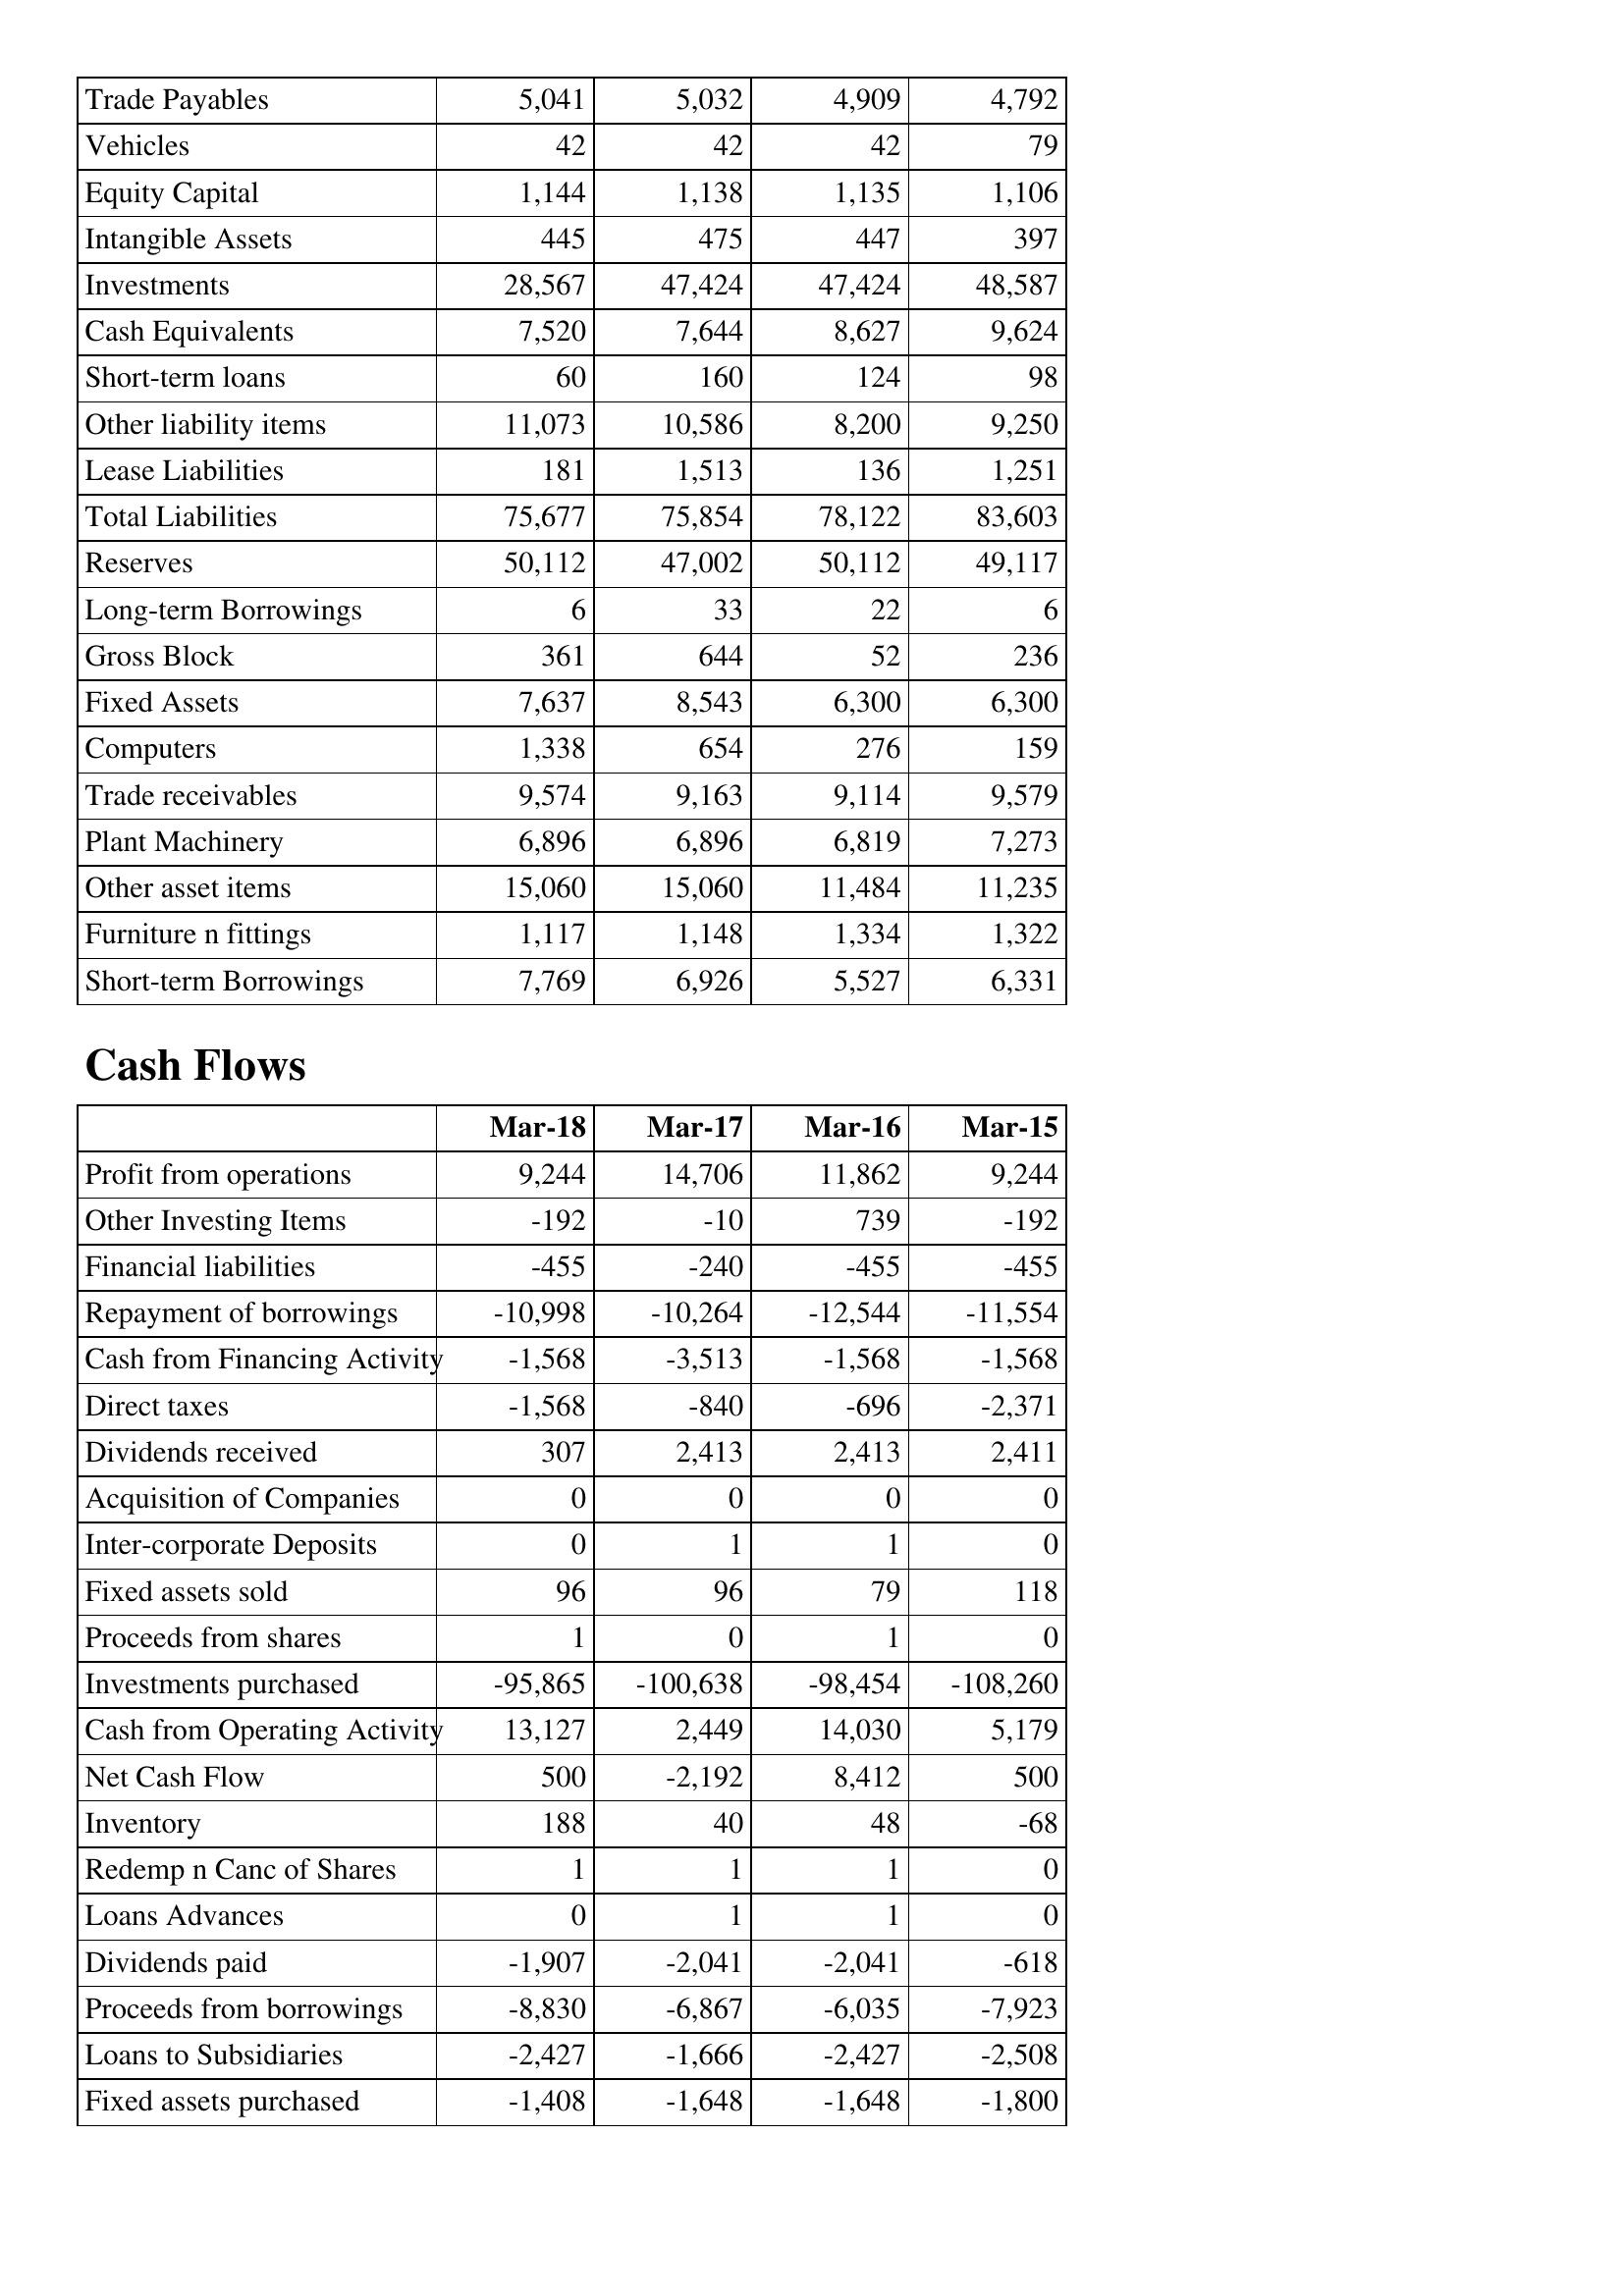
Mar-18: Balance Sheet: Trade Payables: 5,041
Vehicles: 42
Equity Capital: 1,144
Intangible Assets: 445
Investments: 28,567
Cash Equivalents: 7,520
Short-term loans: 60
Other liability items: 11,073
Lease Liabilities: 181
Total Liabilities: 75,677
Reserves: 50,112
Long-term Borrowings: 6
Gross Block: 361
Fixed Assets: 7,637
Computers: 1,338
Trade receivables: 9,574
Plant Machinery: 6,896
Other asset items: 15,060
Furniture n fittings: 1,117
Short-term Borrowings: 7,769
Cash Flows: Profit from operations: 9,244
Other Investing Items: -192
Financial liabilities: -455
Repayment of borrowings: -10,998
Cash from Financing Activity: -1,568
Direct taxes: -1,568
Dividends received: 307
Acquisition of Companies: 0
Inter-corporate Deposits: 0
Fixed assets sold: 96
Proceeds from shares: 1
Investments purchased: -95,865
Cash from Operating Activity: 13,127
Net Cash Flow: 500
Inventory: 188
Redemp n Canc of Shares: 1
Loans Advances: 0
Dividends paid: -1,907
Proceeds from borrowings: -8,830
Loans to Subsidiaries: -2,427
Fixed assets purchased: -1,408
Mar-17: Balance Sheet: Trade Payables: 5,032
Vehicles: 42
Equity Capital: 1,138
Intangible Assets: 475
Investments: 47,424
Cash Equivalents: 7,644
Short-term loans: 160
Other liability items: 10,586
Lease Liabilities: 1,513
Total Liabilities: 75,854
Reserves: 47,002
Long-term Borrowings: 33
Gross Block: 644
Fixed Assets: 8,543
Computers: 654
Trade receivables: 9,163
Plant Machinery: 6,896
Other asset items: 15,060
Furniture n fittings: 1,148
Short-term Borrowings: 6,926
Cash Flows: Profit from operations: 14,706
Other Investing Items: -10
Financial liabilities: -240
Repayment of borrowings: -10,264
Cash from Financing Activity: -3,513
Direct taxes: -840
Dividends received: 2,413
Acquisition of Companies: 0
Inter-corporate Deposits: 1
Fixed assets sold: 96
Proceeds from shares: 0
Investments purchased: -100,638
Cash from Operating Activity: 2,449
Net Cash Flow: -2,192
Inventory: 40
Redemp n Canc of Shares: 1
Loans Advances: 1
Dividends paid: -2,041
Proceeds from borrowings: -6,867
Loans to Subsidiaries: -1,666
Fixed assets purchased: -1,648
Mar-16: Balance Sheet: Trade Payables: 4,909
Vehicles: 42
Equity Capital: 1,135
Intangible Assets: 447
Investments: 47,424
Cash Equivalents: 8,627
Short-term loans: 124
Other liability items: 8,200
Lease Liabilities: 136
Total Liabilities: 78,122
Reserves: 50,112
Long-term Borrowings: 22
Gross Block: 52
Fixed Assets: 6,300
Computers: 276
Trade receivables: 9,114
Plant Machinery: 6,819
Other asset items: 11,484
Furniture n fittings: 1,334
Short-term Borrowings: 5,527
Cash Flows: Profit from operations: 11,862
Other Investing Items: 739
Financial liabilities: -455
Repayment of borrowings: -12,544
Cash from Financing Activity: -1,568
Direct taxes: -696
Dividends received: 2,413
Acquisition of Companies: 0
Inter-corporate Deposits: 1
Fixed assets sold: 79
Proceeds from shares: 1
Investments purchased: -98,454
Cash from Operating Activity: 14,030
Net Cash Flow: 8,412
Inventory: 48
Redemp n Canc of Shares: 1
Loans Advances: 1
Dividends paid: -2,041
Proceeds from borrowings: -6,035
Loans to Subsidiaries: -2,427
Fixed assets purchased: -1,648
Mar-15: Balance Sheet: Trade Payables: 4,792
Vehicles: 79
Equity Capital: 1,106
Intangible Assets: 397
Investments: 48,587
Cash Equivalents: 9,624
Short-term loans: 98
Other liability items: 9,250
Lease Liabilities: 1,251
Total Liabilities: 83,603
Reserves: 49,117
Long-term Borrowings: 6
Gross Block: 236
Fixed Assets: 6,300
Computers: 159
Trade receivables: 9,579
Plant Machinery: 7,273
Other asset items: 11,235
Furniture n fittings: 1,322
Short-term Borrowings: 6,331
Cash Flows: Profit from operations: 9,244
Other Investing Items: -192
Financial liabilities: -455
Repayment of borrowings: -11,554
Cash from Financing Activity: -1,568
Direct taxes: -2,371
Dividends received: 2,411
Acquisition of Companies: 0
Inter-corporate Deposits: 0
Fixed assets sold: 118
Proceeds from shares: 0
Investments purchased: -108,260
Cash from Operating Activity: 5,179
Net Cash Flow: 500
Inventory: -68
Redemp n Canc of Shares: 0
Loans Advances: 0
Dividends paid: -618
Proceeds from borrowings: -7,923
Loans to Subsidiaries: -2,508
Fixed assets purchased: -1,800